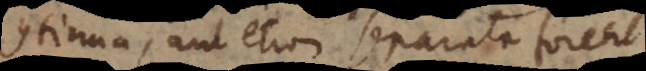
continua, aut etiam separata forent